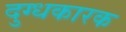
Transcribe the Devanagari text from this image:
दुग्धकारक